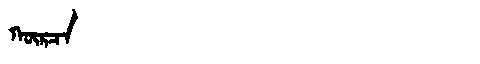
Manchu: ᡴᡡᡵᠴᠠ
Romanization: KŪRCA